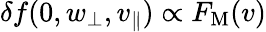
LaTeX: \delta f(0,w_{\perp},v_{\parallel})\propto F_{\mathrm{M}}(v)